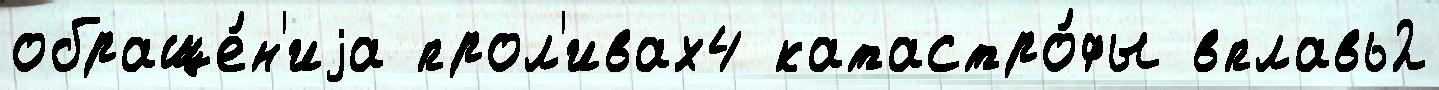
обраще́н'иjа прол'ивах4 катастро́фы вплавь2